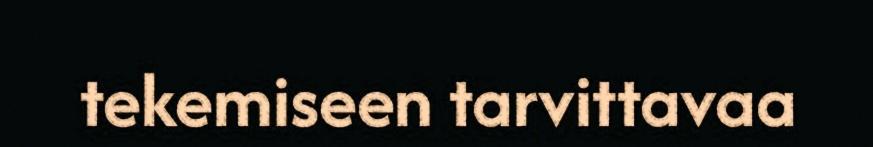
tekemiseen tarvittavaa